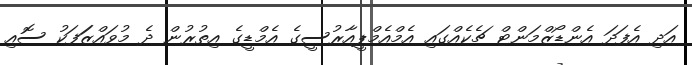
އަދި އެފަދަ އެންޑޯޒްމަންޓް ޗެކެއްގައި އެމްއެމްޕީއާރުސީގެ އެމްޑީގެ އިތުރުން ދެ މުވައްޒަަފަކު ސޮއި